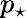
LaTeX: p_{\star}